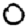
Digit: 0